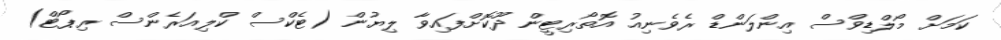
ކަމަށް މޯލްޑިވްސް އިންލަންޑް ރެވެނިއު އޮތޯރިޓީން ދޫކޮށްފައިވާ ލިޔުން (ޓެކްސް ކްލިއަރެންސް ރިޕޯޓް)